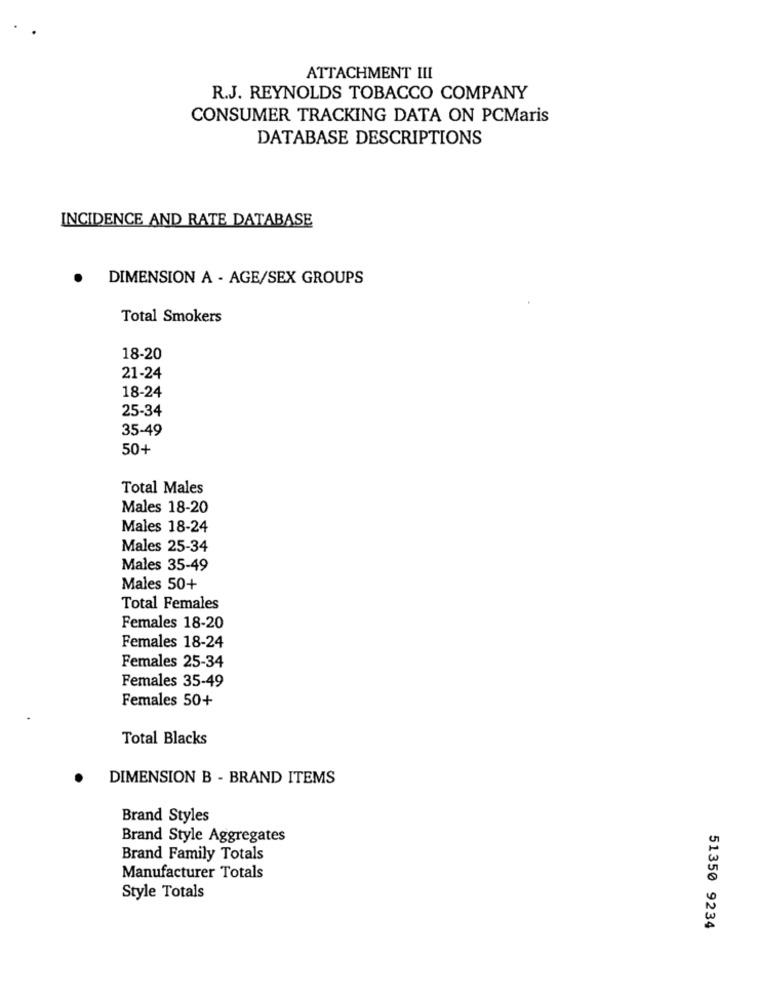
ATTACHMENT III
R.J. REYNOLDS TOBACCO COMPANY
CONSUMER TRACKING DATA ON PCMaris
DATABASE DESCRIPTIONS
INCIDENCE AND RATE DATABASE
DIMENSION A - AGE/SEX GROUPS
Total Smokers
18-20
21-24
18-24
25-34
35-49
50+
Total Males
Males 18-20
Males 18-24
Males 25-34
Males 35-49
Males 50+
Total Females
Females 18-20
Females 18-24
Females 25-34
Females 35-49
Females 50+
Total Blacks
DIMENSION B - BRAND ITEMS
Brand Styles
Brand Style Aggregates
Brand Family Totals
Manufacturer Totals
Style Totals
51350 9234